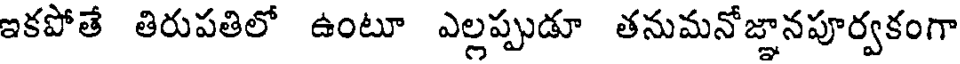
ఇకపోతే తిరుపతిలో ఉంటూ ఎల్లప్పుడూ తనుమనోజ్ఞానపూర్వకంగా